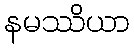
နမဿိယာ